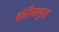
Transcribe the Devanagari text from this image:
बोरियापुरा